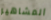
المشاهير